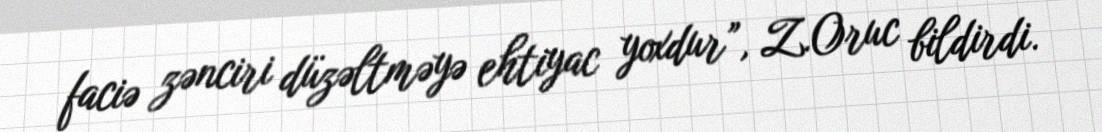
faciə zənciri düzəltməyə ehtiyac yoxdur”, Z.Oruc bildirdi.